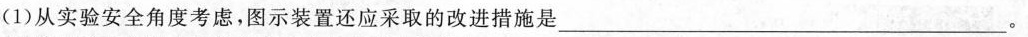
(1)从实验安全角度考虑，图示装置还应采取的改进措施是___